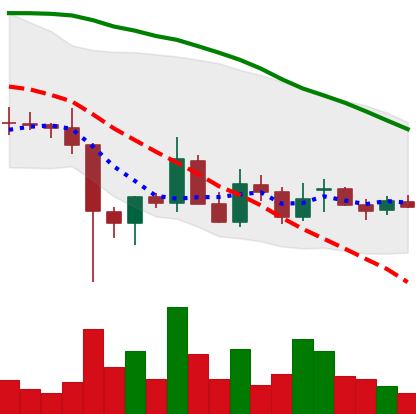
Ticker: EOS-USD
Chart end date: 2021-12-19
Forward return: 5.939%
Label: up_5_7